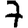
Digit: 7